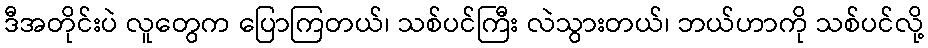
ဒီအတိုင်းပဲ လူတွေက ပြောကြတယ်၊ သစ်ပင်ကြီး လဲသွားတယ်၊ ဘယ်ဟာကို သစ်ပင်လို့